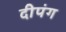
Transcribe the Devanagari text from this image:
दीपंग